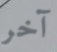
آخر